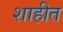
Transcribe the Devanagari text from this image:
शाहीत